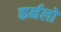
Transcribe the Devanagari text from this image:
कर्नलों